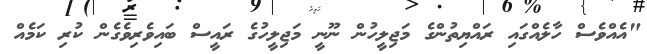
"އެއްވެސް ހާލެއްގައި ރައްޔިތުންގެ މަޖިލީހުން ނޫނީ މަޖިލީހުގެ ރައީސް ބައިވެރިވެގެން ކުރި ކަމެއް